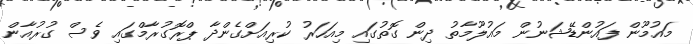
މައުމޫން ފައުންޑޭޝަނުން މައުލޫމާތު ދިން ގޮތުގައި މިއަހަރު ކުރިއަށްގެންދާ ޕްރޮގުރާމްގައި ވެސް ގުރުއާން